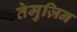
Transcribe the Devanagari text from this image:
तेमुज़िन